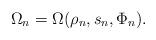
LaTeX: \begin{align*}\Omega_n = \Omega(\rho_n,s_n,\Phi_n).\end{align*}